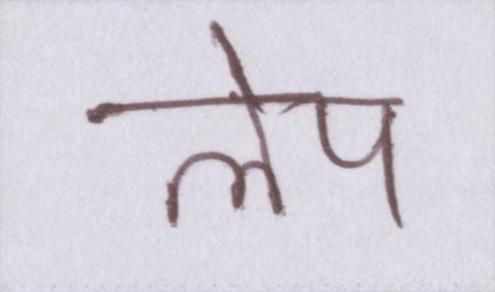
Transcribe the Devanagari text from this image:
लेप